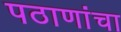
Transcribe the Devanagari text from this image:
पठाणांचा